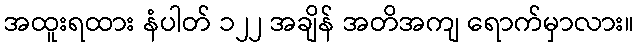
အထူးရထား နံပါတ် ၁၂၂ အချိန် အတိအကျ ရောက်မှာလား။